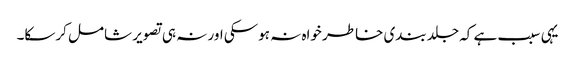
یہی سبب ہے کہ جلد بندی خاطر خواہ نہ ہوسکی اور نہ ہی تصویر شامل کرسکا۔